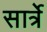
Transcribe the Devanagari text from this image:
सार्त्रे